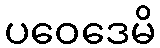
ပဝေဒေမိ